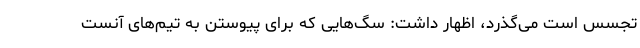
تجسس است می‌گذرد، اظهار داشت: سگ‌هایی که برای پیوستن به تیم‌های آنست